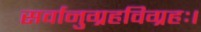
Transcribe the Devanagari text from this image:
सर्वानुग्रहविग्रहः।